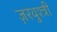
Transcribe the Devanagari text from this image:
ज़रथुश्त्री